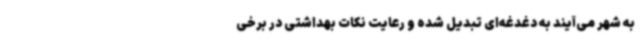
به شهر می‌آیند به دغدغه‌ای تبدیل شده و رعایت نکات بهداشتی در برخی